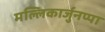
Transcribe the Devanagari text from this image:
मल्लिकार्जुनप्पा